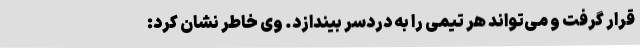
قرار گرفت و می‌تواند هر تیمی را به دردسر بیندازد. وی خاطر نشان کرد: